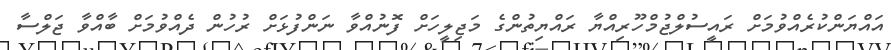
އައްޔަންކުރެއްވުމަށް ރައީސުލްޖުމްހޫރިއްޔާ ރައްޔިތުންގެ މަޖިލީހަށް ފޮނުއްވާ ނަންފުޅަށް ރުހުން ދެއްވުމަށް ބާއްވާ ޖަލްސާ